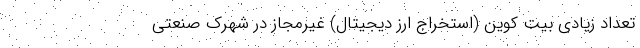
تعداد زیادی بیت کوین (استخراج ارز دیجیتال) غیرمجاز در شهرک صنعتی